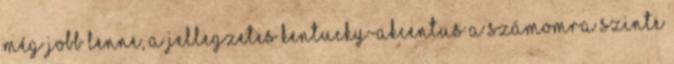
még jobb lenne, a jellegzetes kentucky-akcentus a számomra szinte